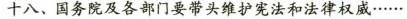
十八、国务院及各部门要带头维护宪法和法律权威…